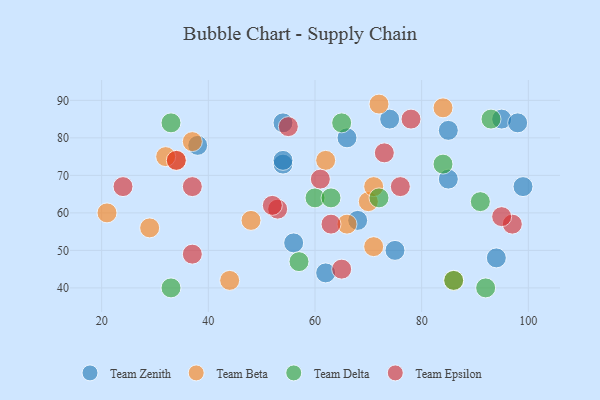
{"axis": {"x": "GDP", "y": "Life Expectancy"}, "legend": ["Team Beta", "Team Delta", "Team Epsilon", "Team Zenith"], "data": [{"x": "68", "y": 58, "type": "Team Zenith"}, {"x": "56", "y": 52, "type": "Team Zenith"}, {"x": "75", "y": 50, "type": "Team Zenith"}, {"x": "95", "y": 85, "type": "Team Zenith"}, {"x": "66", "y": 80, "type": "Team Zenith"}, {"x": "62", "y": 44, "type": "Team Zenith"}, {"x": "99", "y": 67, "type": "Team Zenith"}, {"x": "74", "y": 85, "type": "Team Zenith"}, {"x": "54", "y": 73, "type": "Team Zenith"}, {"x": "85", "y": 69, "type": "Team Zenith"}, {"x": "85", "y": 82, "type": "Team Zenith"}, {"x": "54", "y": 74, "type": "Team Zenith"}, {"x": "98", "y": 84, "type": "Team Zenith"}, {"x": "94", "y": 48, "type": "Team Zenith"}, {"x": "54", "y": 84, "type": "Team Zenith"}, {"x": "38", "y": 78, "type": "Team Zenith"}, {"x": "62", "y": 74, "type": "Team Beta"}, {"x": "48", "y": 58, "type": "Team Beta"}, {"x": "66", "y": 57, "type": "Team Beta"}, {"x": "44", "y": 42, "type": "Team Beta"}, {"x": "70", "y": 63, "type": "Team Beta"}, {"x": "71", "y": 51, "type": "Team Beta"}, {"x": "21", "y": 60, "type": "Team Beta"}, {"x": "72", "y": 89, "type": "Team Beta"}, {"x": "34", "y": 74, "type": "Team Beta"}, {"x": "37", "y": 79, "type": "Team Beta"}, {"x": "71", "y": 67, "type": "Team Beta"}, {"x": "29", "y": 56, "type": "Team Beta"}, {"x": "84", "y": 88, "type": "Team Beta"}, {"x": "32", "y": 75, "type": "Team Beta"}, {"x": "86", "y": 42, "type": "Team Beta"}, {"x": "86", "y": 42, "type": "Team Delta"}, {"x": "33", "y": 40, "type": "Team Delta"}, {"x": "84", "y": 73, "type": "Team Delta"}, {"x": "72", "y": 64, "type": "Team Delta"}, {"x": "33", "y": 84, "type": "Team Delta"}, {"x": "93", "y": 85, "type": "Team Delta"}, {"x": "91", "y": 63, "type": "Team Delta"}, {"x": "60", "y": 64, "type": "Team Delta"}, {"x": "65", "y": 84, "type": "Team Delta"}, {"x": "63", "y": 64, "type": "Team Delta"}, {"x": "57", "y": 47, "type": "Team Delta"}, {"x": "92", "y": 40, "type": "Team Delta"}, {"x": "53", "y": 61, "type": "Team Epsilon"}, {"x": "52", "y": 62, "type": "Team Epsilon"}, {"x": "63", "y": 57, "type": "Team Epsilon"}, {"x": "37", "y": 49, "type": "Team Epsilon"}, {"x": "61", "y": 69, "type": "Team Epsilon"}, {"x": "97", "y": 57, "type": "Team Epsilon"}, {"x": "24", "y": 67, "type": "Team Epsilon"}, {"x": "37", "y": 67, "type": "Team Epsilon"}, {"x": "55", "y": 83, "type": "Team Epsilon"}, {"x": "95", "y": 59, "type": "Team Epsilon"}, {"x": "34", "y": 74, "type": "Team Epsilon"}, {"x": "73", "y": 76, "type": "Team Epsilon"}, {"x": "76", "y": 67, "type": "Team Epsilon"}, {"x": "78", "y": 85, "type": "Team Epsilon"}, {"x": "65", "y": 45, "type": "Team Epsilon"}]}